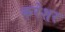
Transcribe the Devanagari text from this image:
करेशर